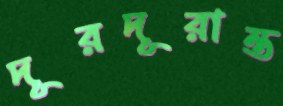
দূরদূরান্ত